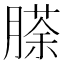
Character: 𮌵